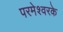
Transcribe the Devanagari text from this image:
परमेश्वरके